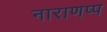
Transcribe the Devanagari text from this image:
नाराणप्प